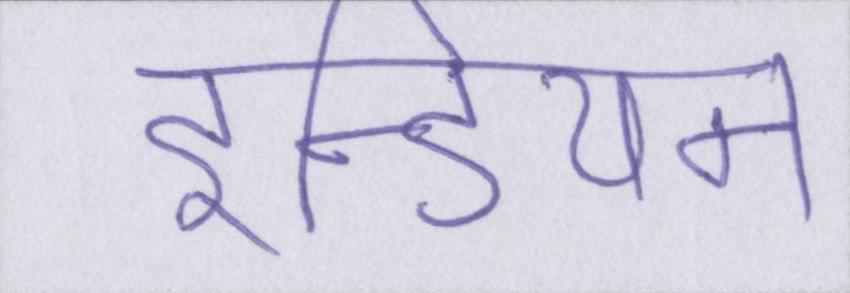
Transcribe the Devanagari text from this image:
इन्डियन